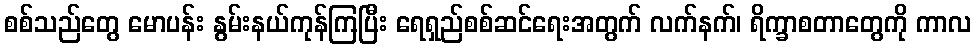
စစ်သည်တွေ မောပန်း နွမ်းနယ်ကုန်ကြပြီး ရေရှည်စစ်ဆင်ရေးအတွက် လက်နက်၊ ရိက္ခာစတာတွေကို ကာလ